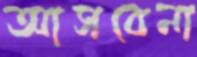
আসবেনা